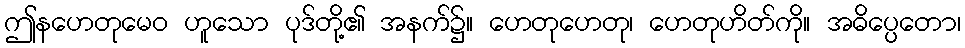
ဤနဟေတုမေဝ ဟူသော ပုဒ်တို့၏ အနက်၌။ ဟေတုဟေတု၊ ဟေတုဟိတ်ကို။ အဓိပ္ပေတော၊